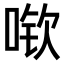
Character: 𫪽